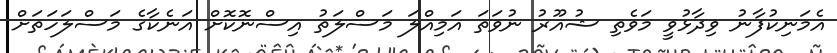
އެމަނިކުފާނު ވިދާޅުވީ މަވެތި ޝުއޫރު ނުވަތަ އަމިއްލަ މަސްލަތު އިސްނޮކޮށް އަނެކާގެ މަސްލަހަތަށް